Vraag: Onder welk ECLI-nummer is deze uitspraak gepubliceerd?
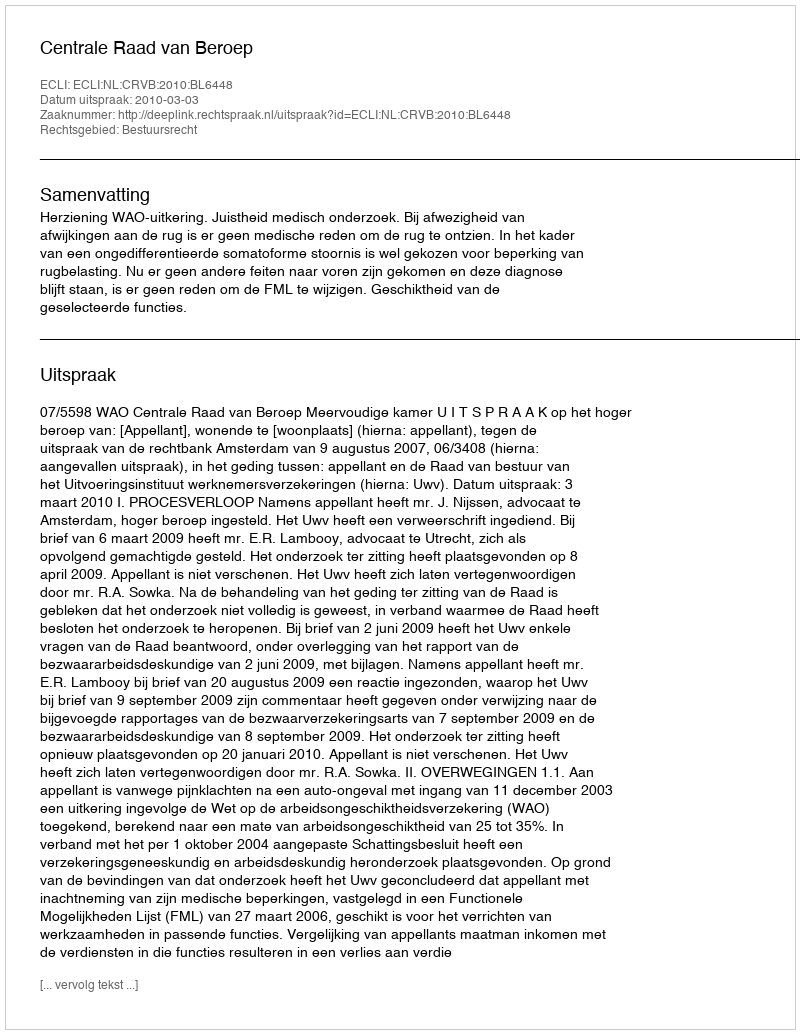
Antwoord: ECLI:NL:CRVB:2010:BL6448